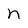
Character: n